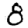
Digit: 8